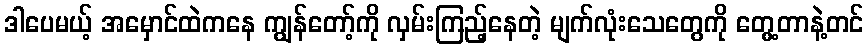
ဒါပေမယ့် အမှောင်ထဲကနေ ကျွန်တော့်ကို လှမ်းကြည့်နေတဲ့ မျက်လုံးသေတွေကို တွေ့တာနဲ့တင်